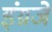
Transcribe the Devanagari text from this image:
इंग्रजे